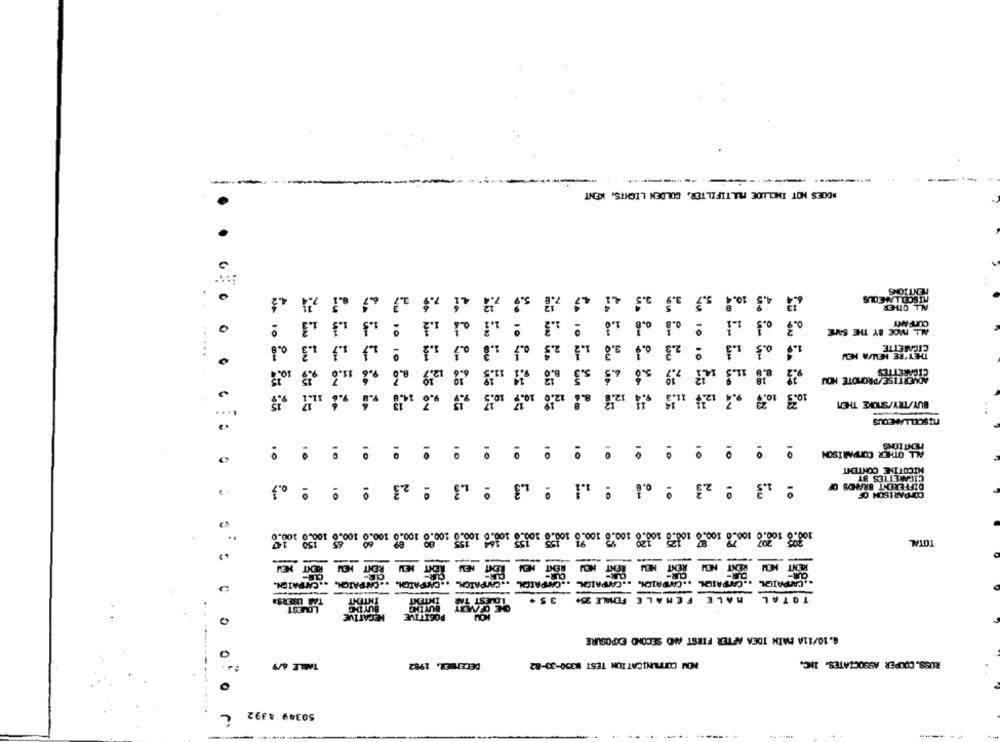
--
#DOES NOT INCLUDE MULTIFILTER, COLDEN LIGHTS, KENT
4.2
6.7
7.3
Li
4.7
2.3
5.7
10.4
5.9
0
1.5
1.1
1.2
1.6
0.8
0.8
0.7
L MOE BY THE SAME
1.3
1.3
1.2
1.8
0.7
2.3
1.2
3.0
2.3
1.3
0.5
1.9
.......
0
10.7
11.6
11.9
s.3
11.5
CIGARETTES
12.9
18
ADVERTISE/PROMOTE NOU
11-1
10.7
12.6
12.4
10.9 10. 7 92
BUY/TRY/SHOKE THEN
....
MISCELLANEOUS
HEMAT TORS
ALL OTHER COMPARISON
0
10
10
10
10
10
10
10
10
10
10
10
10
10
10
10
NICOTINE CONTENT
CIGARETTES BY
: 0.3
º 23
: 1.3
1.3
1.1
: 2.3
DIFFERENT BRANDS OF
COMPARISON OF
10
10
10
10
10
100.8 100.0 100.0 100.0 100.0 100.8 10.8 100% som.0 000 100.0 10020 100.0 100.0 100.0 100.0 100.0 100.0
TOTAL
NEW
RENT HEM
ROHIT HEM
LENT
-
REMT
RENT MEU
REXT NEM
KENT NEW
CUR-
CR-
.. CAMPAICH. .. CAMPAIGN.
.. CAMPAIGN. .. CAMPAIGN. .. CAMPAICH. .. CAPAICH.
.. CAMPAIGN. .. CAMPAIGN.
.. CAMPAIGN.
TAR USERS.
INTENT
INTENT
LOUEST TAR
35+
TOTAL MALE FEMALE FOMLE 35+
LOWEST
BUYDE
CE OFVERY
NEGATIVE
4.10/11A MAIN IDEA AFTER FIRST AND SECOND EXPOSURE
NON CUITAUNICATION TEST #300-33-82
ROSS. COOPER ASSOCIATES, INC.
TABLE 6/9
DECEMBER, 1982
-----
O
50349 4392